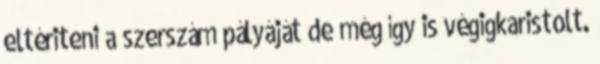
eltériteni a szerszám pályáját de még így is végigkaristolt.